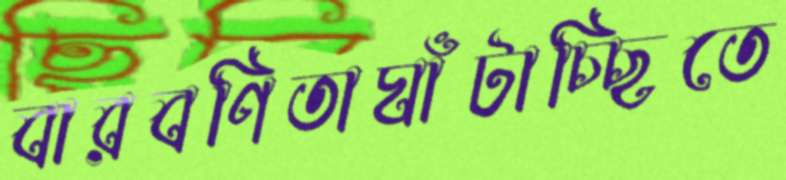
বারবণিতাঘাঁটাচ্ছিতে